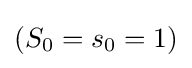
(S_{0}=s_{0}=1)